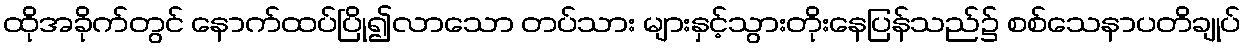
ထိုအခိုက်တွင် နောက်ထပ်ပြို၍လာသော တပ်သား များနှင့်သွားတိုးနေပြန်သည်၌ စစ်သေနာပတိချုပ်